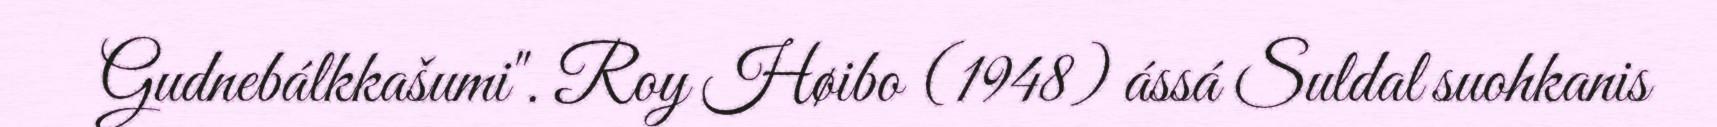
Gudnebálkkašumi". Roy Høibo (1948) ássá Suldal suohkanis